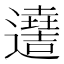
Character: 𨘫